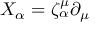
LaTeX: { \cal X } _ { \alpha } = \zeta _ { \alpha } ^ { \mu } \partial _ { \mu }